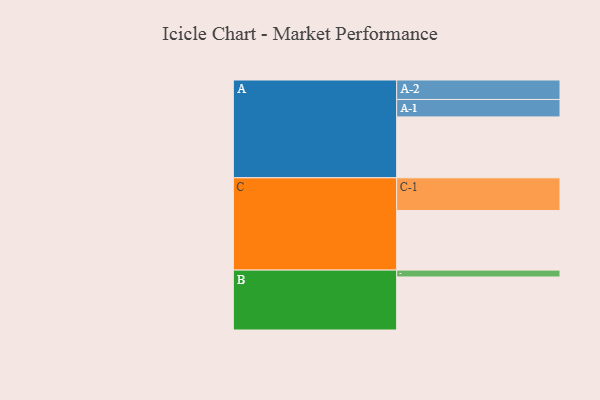
{"axis": {"x": "Segment", "y": "Value"}, "legend": ["", "A", "B", "C"], "data": [{"x": "A", "y": 541, "type": ""}, {"x": "B", "y": 471, "type": ""}, {"x": "C", "y": 530, "type": ""}, {"x": "A-1", "y": 155, "type": "A"}, {"x": "A-2", "y": 173, "type": "A"}, {"x": "B-1", "y": 61, "type": "B"}, {"x": "C-1", "y": 290, "type": "C"}]}